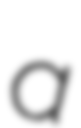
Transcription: a